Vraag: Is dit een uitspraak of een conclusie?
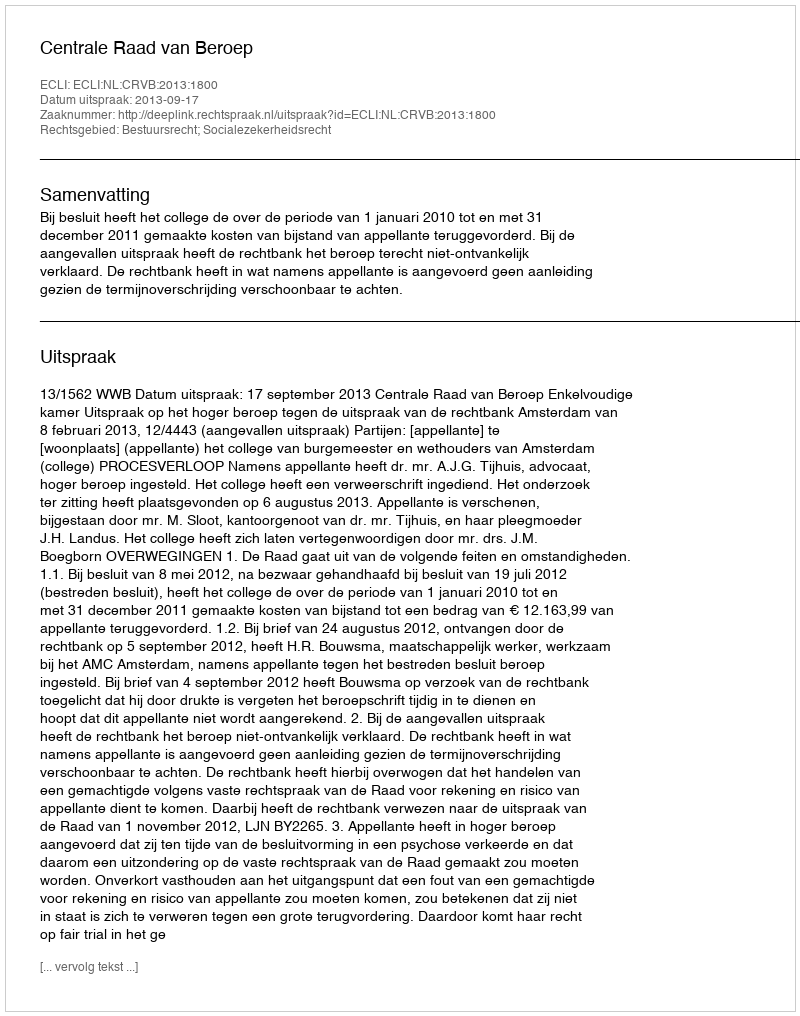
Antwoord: Uitspraak